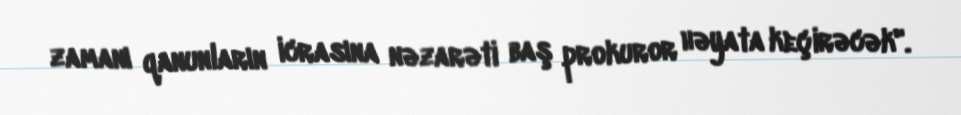
zamanı qanunların icrasına nəzarəti baş prokuror həyata keçirəcək".